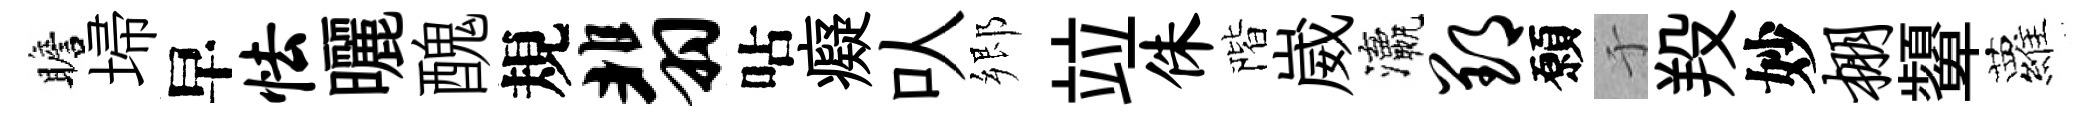
瞻埽早怯曬醜規翡呫癡㕥郷竝侏階崴瀛郢願于羖妙棚顰蘿